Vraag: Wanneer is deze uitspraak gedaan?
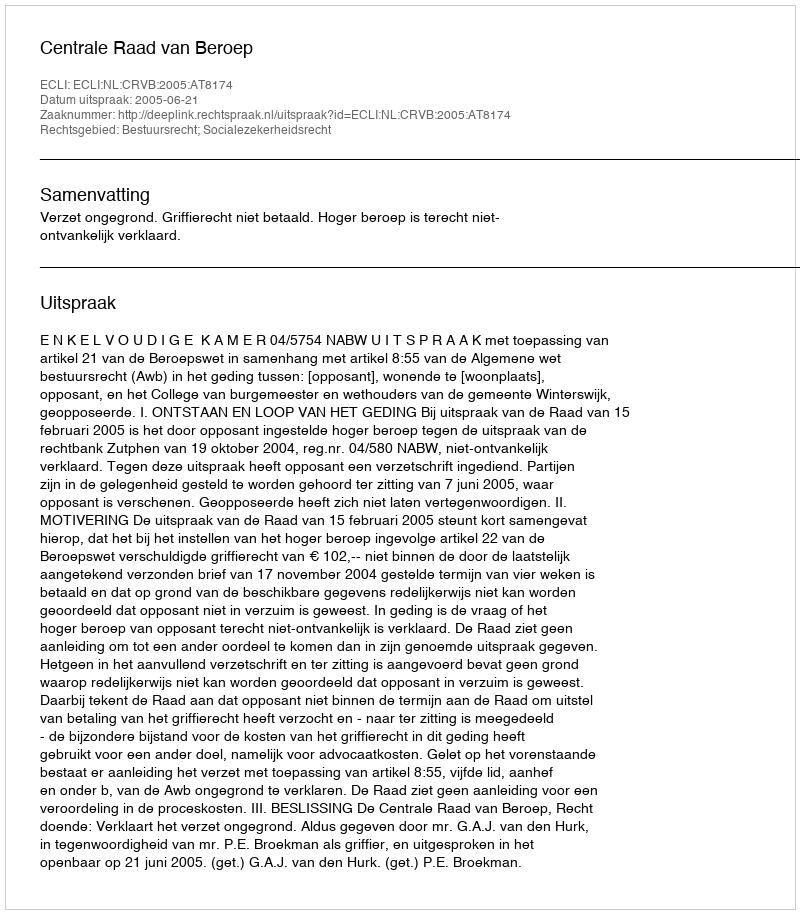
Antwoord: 2005-06-21